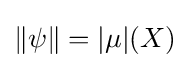
\|\psi \|=|\mu |(X)